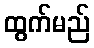
ထွက်မည်